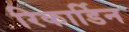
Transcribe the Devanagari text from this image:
रिकार्डिन